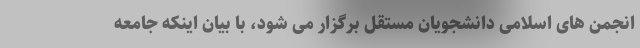
انجمن های اسلامی دانشجویان مستقل برگزار می شود، با بیان اینکه جامعه